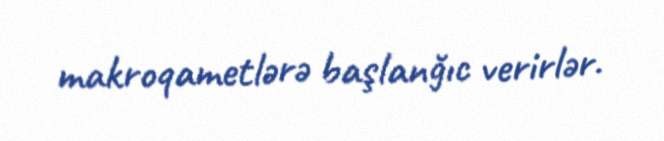
makroqametlərə başlanğıc verirlər.